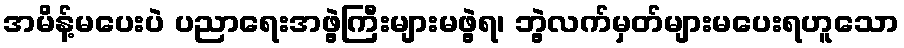
အမိန့်မပေးပဲ ပညာရေးအဖွဲ့ကြီးများမဖွဲ့ရ၊ ဘွဲ့လက်မှတ်များမပေးရဟူသော